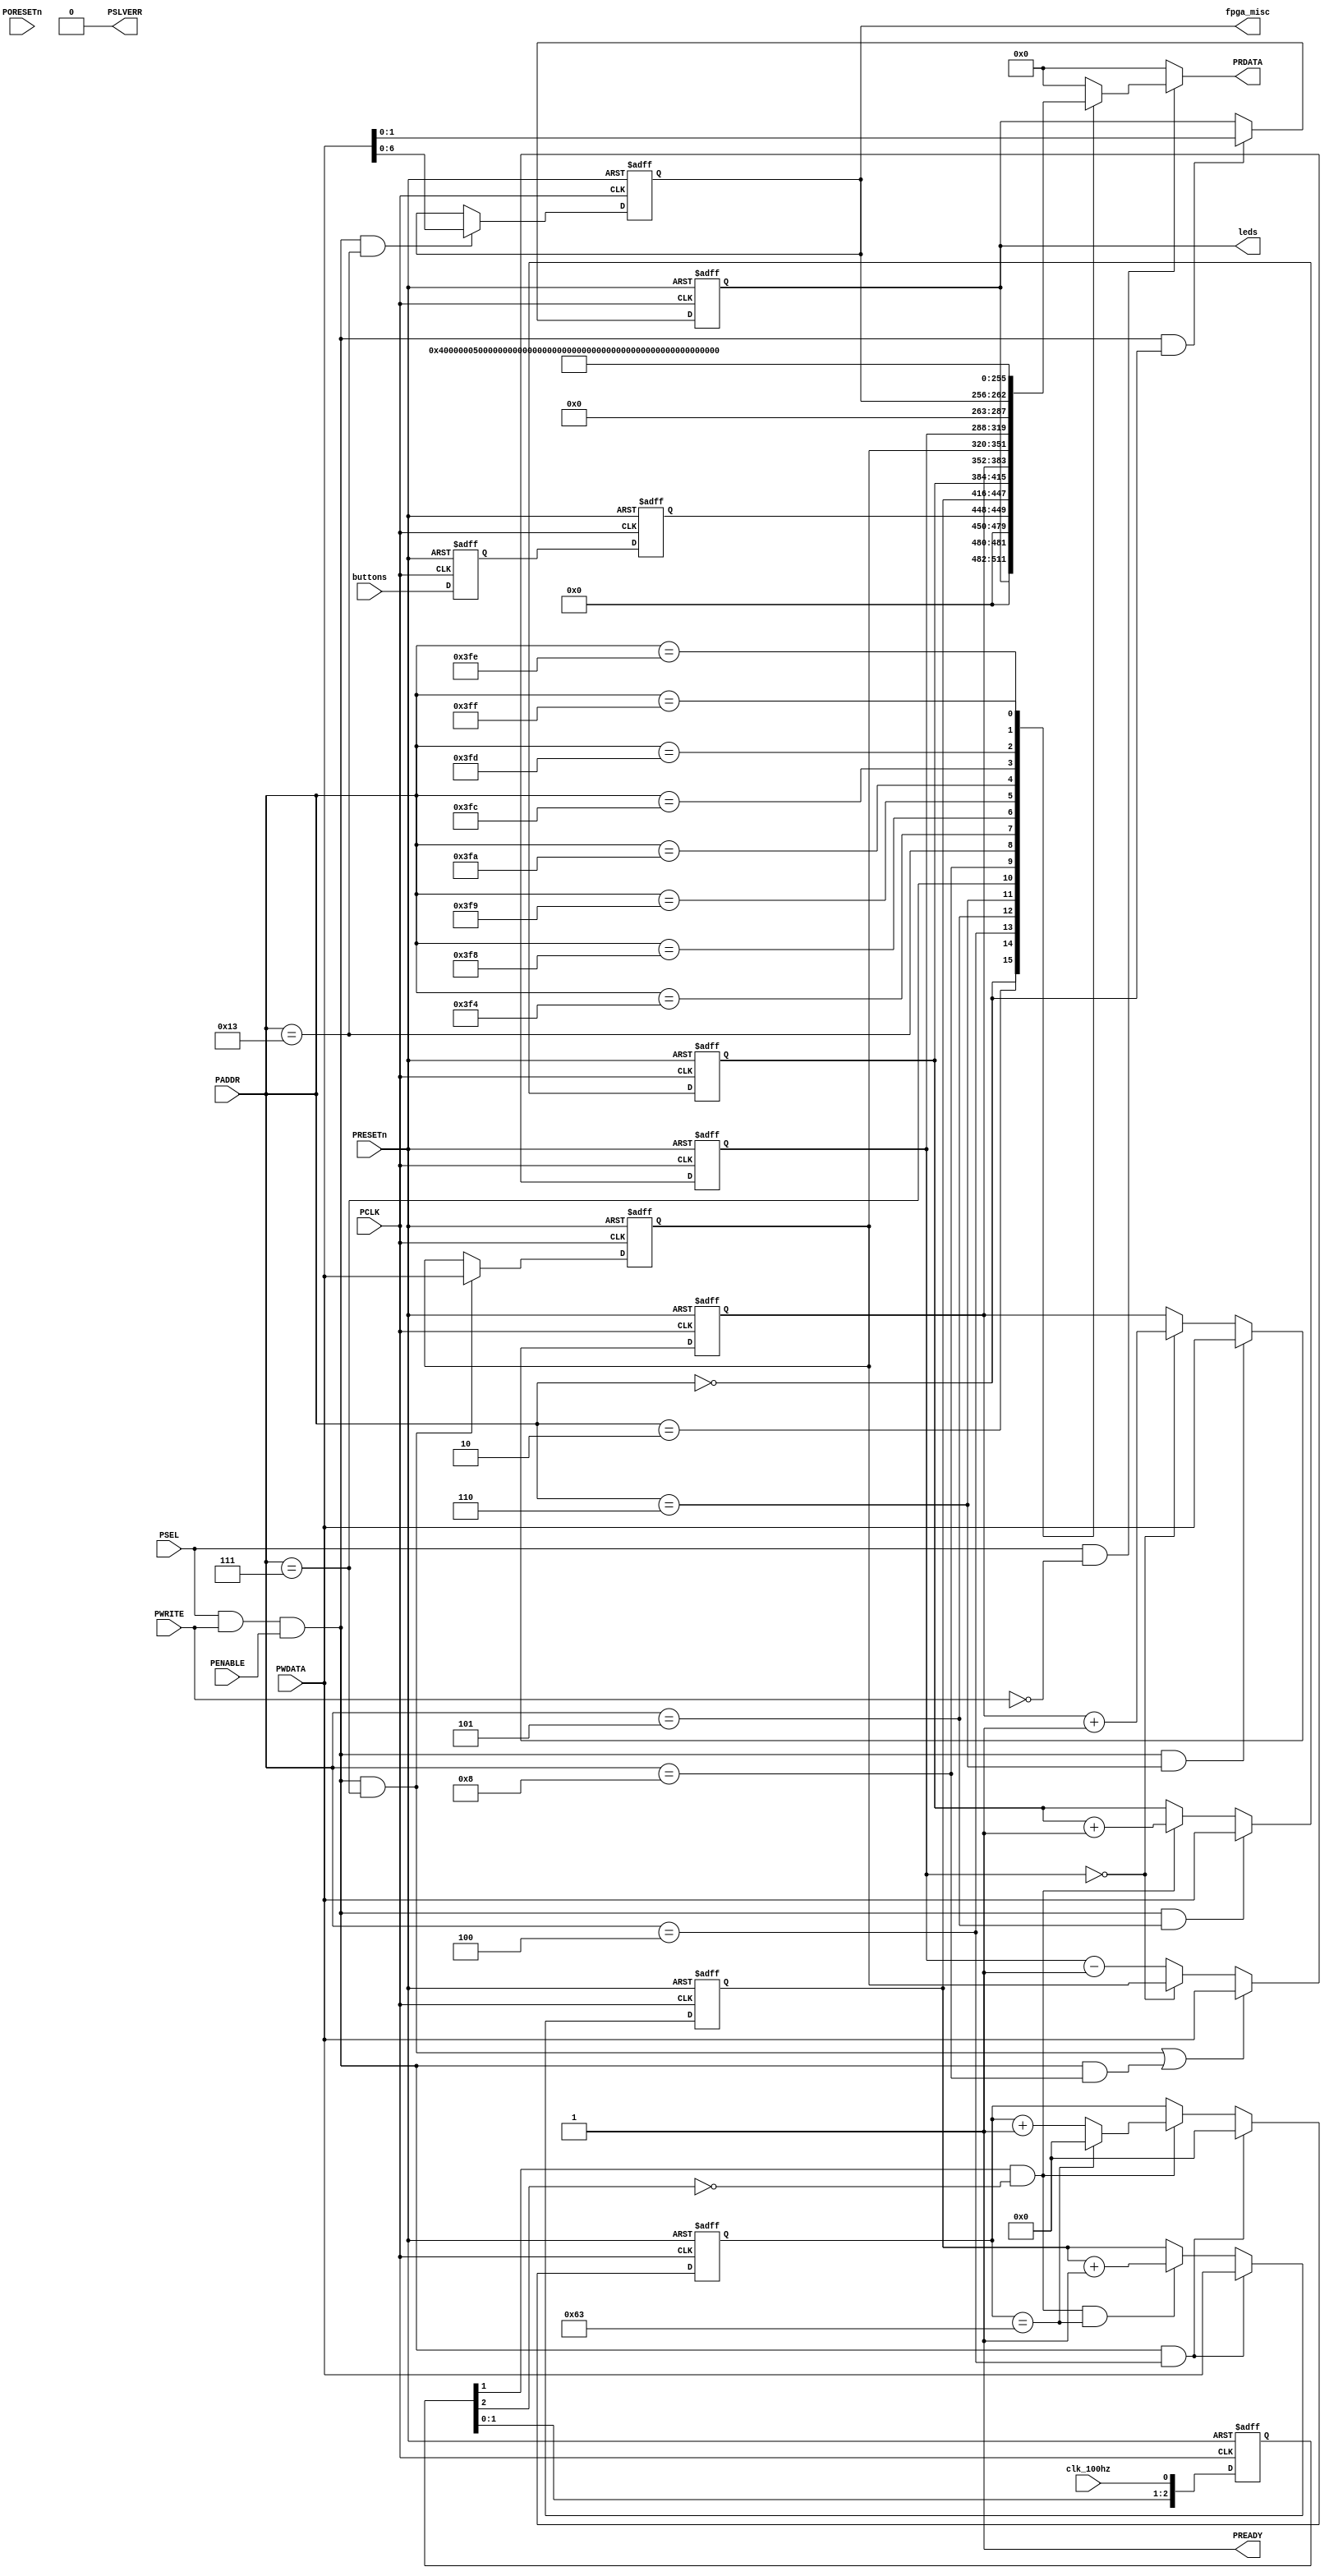
//-----------------------------------------------------------------------------
// The confidential and proprietary information contained in this file may
// only be used by a person authorised under and to the extent permitted
// by a subsisting licensing agreement from ARM Limited.
//
//            (C) COPYRIGHT 2013 ARM Limited.
//                ALL RIGHTS RESERVED
//
// This entire notice must be reproduced on all copies of this file
// and copies of this file may only be made by a person if such person is
// permitted to do so under the terms of a subsisting license agreement
// from ARM Limited.
//
//      SVN Information
//
//      Checked In          : $Date: 2013-04-05 11:54:17 +0100 (Fri, 05 Apr 2013) $
//
//      Revision            : $Revision: 242973 $
//
//      Release Information : CM3DesignStart-r0p0-01rel0
//
//-----------------------------------------------------------------------------
//-----------------------------------------------------------------------------
// Abstract : V2M-MPS2 FPGA I/O registers block
//-----------------------------------------------------------------------------

module fpga_io_regs (
  // --------------------------------------------------------------------------
  // Port Definitions
  // --------------------------------------------------------------------------
  input  wire          PORESETn,  // Power on reset

  input  wire          PCLK,
  input  wire          PRESETn,
  input  wire          PSEL,
  input  wire  [11:2]  PADDR,
  input  wire          PENABLE,
  input  wire          PWRITE,
  input  wire  [31:0]  PWDATA,
  output wire  [31:0]  PRDATA,
  output wire          PREADY,
  output wire          PSLVERR,

  input  wire          clk_100hz,
  input  wire   [1:0]  buttons,
  output wire   [1:0]  leds,
  output wire   [6:0]  fpga_misc
  );

  // --------------------------------------------------------------------------
  // Internal wires
  // --------------------------------------------------------------------------

  reg    [31:0]        read_mux;
  wire                 read_enable;
  reg     [1:0]        reg_leds;
  reg     [1:0]        reg_buttons;
  reg     [1:0]        reg_buttons_sync;
  reg    [31:0]        reg_counter_1hz;
  reg    [31:0]        reg_counter_100hz;
  reg    [31:0]        reg_counter_cycle;
  reg    [31:0]        reg_counter_prescale; // Prescale ratio
  reg    [31:0]        reg_counter_pscntr;   // Prescale counter
  reg     [6:0]        reg_fpga_misc;

  wire   write_leds;
  wire   write_cntr1hz;
  wire   write_cntr100hz;
  wire   write_cycle_cntr;
  wire   write_prescale;
  wire   write_ps_cntr;
  wire   write_fpga_misc;

  assign write_leds         = PSEL & PWRITE & PENABLE & (PADDR[11:2]==10'b0000_0000_00); // 0x000
  //                                                                  10'b0000_0000_01      0x004
  assign write_cntr1hz      = PSEL & PWRITE & PENABLE & (PADDR[11:2]==10'b0000_0001_00); // 0x010   1 Hz counter
  assign write_cntr100hz    = PSEL & PWRITE & PENABLE & (PADDR[11:2]==10'b0000_0001_01); // 0x014 100 Hz counter
  assign write_cycle_cntr   = PSEL & PWRITE & PENABLE & (PADDR[11:2]==10'b0000_0001_10); // 0x018 Cycle counter
  assign write_prescale     = PSEL & PWRITE & PENABLE & (PADDR[11:2]==10'b0000_0001_11); // 0x01C Prescale ratio
  assign write_ps_cntr      = PSEL & PWRITE & PENABLE & (PADDR[11:2]==10'b0000_0010_00); // 0x020 Prescale counter
  assign write_fpga_misc    = PSEL & PWRITE & PENABLE & (PADDR[11:2]==10'b0000_0100_11); // 0x04C
  // fpga_misc[6:0] signals:
  // [0] CLCD_CS
  // [1] SPI_nSS
  // [2] Not used
  // [3] CLCD_RESET
  // [4] CLCD_RS
  // [5] CLCD_RD
  // [6] CLCD_BL_CTRL

  // --------------------------------------------------------------------------
  // Read Mux
  // --------------------------------------------------------------------------

  assign  read_enable = PSEL & ~PWRITE;

  // Read multiplexer
  always @(read_enable or PADDR or reg_leds or reg_buttons or
    reg_counter_1hz or reg_counter_100hz or
    reg_counter_cycle or reg_counter_prescale or reg_counter_pscntr or
    reg_fpga_misc)
  begin
    if (read_enable) begin
      case(PADDR)
        0  : read_mux = {{30{1'b0}},reg_leds[1:0]};            // 0x000
        2  : read_mux = {{30{1'b0}},reg_buttons[1:0]};         // 0x008
        // Counters for benchmarking
        4  : read_mux = reg_counter_1hz;                       // 0x010
        5  : read_mux = reg_counter_100hz;                     // 0x014
        6  : read_mux = reg_counter_cycle;                     // 0x018
        7  : read_mux = reg_counter_prescale;                  // 0x01C
        8  : read_mux = reg_counter_pscntr;                    // 0x020
        19 : read_mux = {{25{1'b0}},reg_fpga_misc};            // 0x04C

        10'b1111110100: // PID4
           read_mux = {{24{1'b0}}, 8'h04};
        10'b1111110101: // PID5
           read_mux = {32{1'b0}};
        10'b1111110110: // PID6
           read_mux = {32{1'b0}};
        10'b1111110111: // PID7
           read_mux = {32{1'b0}};
        10'b1111111000: // PID0
           read_mux = {{24{1'b0}}, 8'h50};// Part number 850
        10'b1111111001: // PID1
           read_mux = {{24{1'b0}}, 8'hB8};// Part number 850
        10'b1111111010: // PID2
           read_mux = {{24{1'b0}}, 8'h0B};// Rev 0
        10'b1111111011: // PID3
           read_mux = {{24{1'b0}}, 8'h00};
        10'b1111111100: // CID0
           read_mux = {{24{1'b0}}, 8'h0D};
        10'b1111111101: // CID1
           read_mux = {{24{1'b0}}, 8'hF0}; // Component type F, PrimeCell/Peripherals
        10'b1111111110: // CID2
           read_mux = {{24{1'b0}}, 8'h05};
        10'b1111111111: // CID3
           read_mux = {{24{1'b0}}, 8'hB1};

        // Reserved
        default:
             read_mux = {32{1'b0}};
      endcase
      end // end-if
    else
      begin
      read_mux = {32{1'b0}};
      end
  end

  assign PRDATA  = read_mux;
  assign PREADY  = 1'b1;
  assign PSLVERR = 1'b0;

  // --------------------------------------------------------------------------
  // LEDs
  // --------------------------------------------------------------------------

  always @(posedge PCLK or negedge PRESETn)
  begin
  if (~PRESETn)
    reg_leds <= 2'b00;
  else if (write_leds)
    reg_leds <= PWDATA[1:0];
  end

  assign leds = reg_leds;

  // --------------------------------------------------------------------------
  // Buttons
  // --------------------------------------------------------------------------
  // 2 stage flip-flop to avoid metastability issue
  always @(posedge PCLK or negedge PRESETn)
  begin
  if (~PRESETn)
    reg_buttons_sync <= 2'b00;
  else
    reg_buttons_sync <= buttons;
  end

  always @(posedge PCLK or negedge PRESETn)
  begin
  if (~PRESETn)
    reg_buttons <= 2'b00;
  else
    reg_buttons <= reg_buttons_sync;
  end

  // --------------------------------------------------------------------------
  // Counters
  // --------------------------------------------------------------------------
  reg  [2:0]   clk_100hz_sync;     // sync DFF for 100Hz clock (assume asynchronous)
  wire         clk_100hz_posedge;  // pulse at 100 Hz
  reg  [6:0]   reg_div_100;        // Count from 0 to 99

  // Synchroniser (assume clk_100hz signal is asynchronous)
  always @(posedge PCLK or negedge PRESETn)
  begin
  if (~PRESETn)
    clk_100hz_sync <= 3'b000;
  else
    clk_100hz_sync <= {clk_100hz_sync[1:0],clk_100hz};
  end

  // Rising edge detection
  assign clk_100hz_posedge = clk_100hz_sync[1] & ~clk_100hz_sync[2];

  // 100Hz counter
  always @(posedge PCLK or negedge PRESETn)
  begin
  if (~PRESETn)
    reg_counter_100hz <= {32{1'b0}};
  else
    if (write_cntr100hz)
      reg_counter_100hz <= PWDATA[31:0];
    else if (clk_100hz_posedge)
      reg_counter_100hz <= reg_counter_100hz + 1;
  end

  // Divider for 1Hz counter
  always @(posedge PCLK or negedge PRESETn)
  begin
  if (~PRESETn)
    reg_div_100 <= {7{1'b0}};
  else
    if (write_cntr1hz)
      reg_div_100 <= {7{1'b0}};
    else if (clk_100hz_posedge)
      begin
      if (reg_div_100 == 7'd99)
        reg_div_100 <=  {7{1'b0}};
      else
        reg_div_100 <= reg_div_100 + 1'b1;
      end
  end

  // 1Hz counter
  always @(posedge PCLK or negedge PRESETn)
  begin
  if (~PRESETn)
    reg_counter_1hz <= {32{1'b0}};
  else
    if (write_cntr1hz)
      reg_counter_1hz <= PWDATA[31:0];
    else if (clk_100hz_posedge & (reg_div_100 == 7'd99))
      reg_counter_1hz <= reg_counter_1hz + 1;
  end

  // Prescale control register for cycle counter
  always @(posedge PCLK or negedge PRESETn)
  begin
  if (~PRESETn)
    reg_counter_prescale <= {32{1'b0}};
  else if (write_prescale)
    reg_counter_prescale <= PWDATA[31:0];
  end


  // Prescale counter
  always @(posedge PCLK or negedge PRESETn)
  begin
  if (~PRESETn)
    reg_counter_pscntr <= {32{1'b0}};
  else
    if (write_prescale|write_ps_cntr)
      reg_counter_pscntr <= PWDATA[31:0];
    else if (reg_counter_pscntr=={32{1'b0}})
      reg_counter_pscntr <= reg_counter_prescale;
    else
      reg_counter_pscntr <= reg_counter_pscntr - 1'b1;
  end

  // Prescale control register for cycle counter
  always @(posedge PCLK or negedge PRESETn)
  begin
  if (~PRESETn)
    reg_counter_cycle <= {32{1'b0}};
  else
    if (write_cycle_cntr)
      reg_counter_cycle <= PWDATA[31:0];
    else if (reg_counter_pscntr=={32{1'b0}})
      reg_counter_cycle <= reg_counter_cycle + 1'b1;
  end

  // --------------------------------------------------------------------------
  // Additional user expansion I/O
  // --------------------------------------------------------------------------

  // Output value register
  always @(posedge PCLK or negedge PRESETn)
  begin
  if (~PRESETn)
    reg_fpga_misc <= {7{1'b1}};
  else
    if (write_fpga_misc)
      reg_fpga_misc <= PWDATA[6:0];
  end

  assign fpga_misc    = reg_fpga_misc;

endmodule